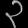
Digit: ၃